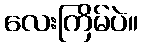
လေးကြိမ်ပဲ။